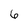
Character: 6